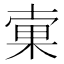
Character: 𣓑